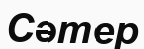
Сәтер